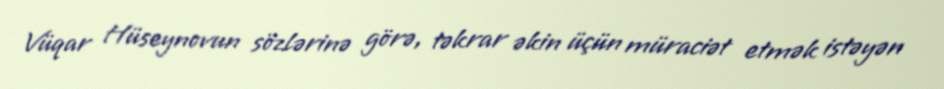
Vüqar Hüseynovun sözlərinə görə, təkrar əkin üçün müraciət etmək istəyən